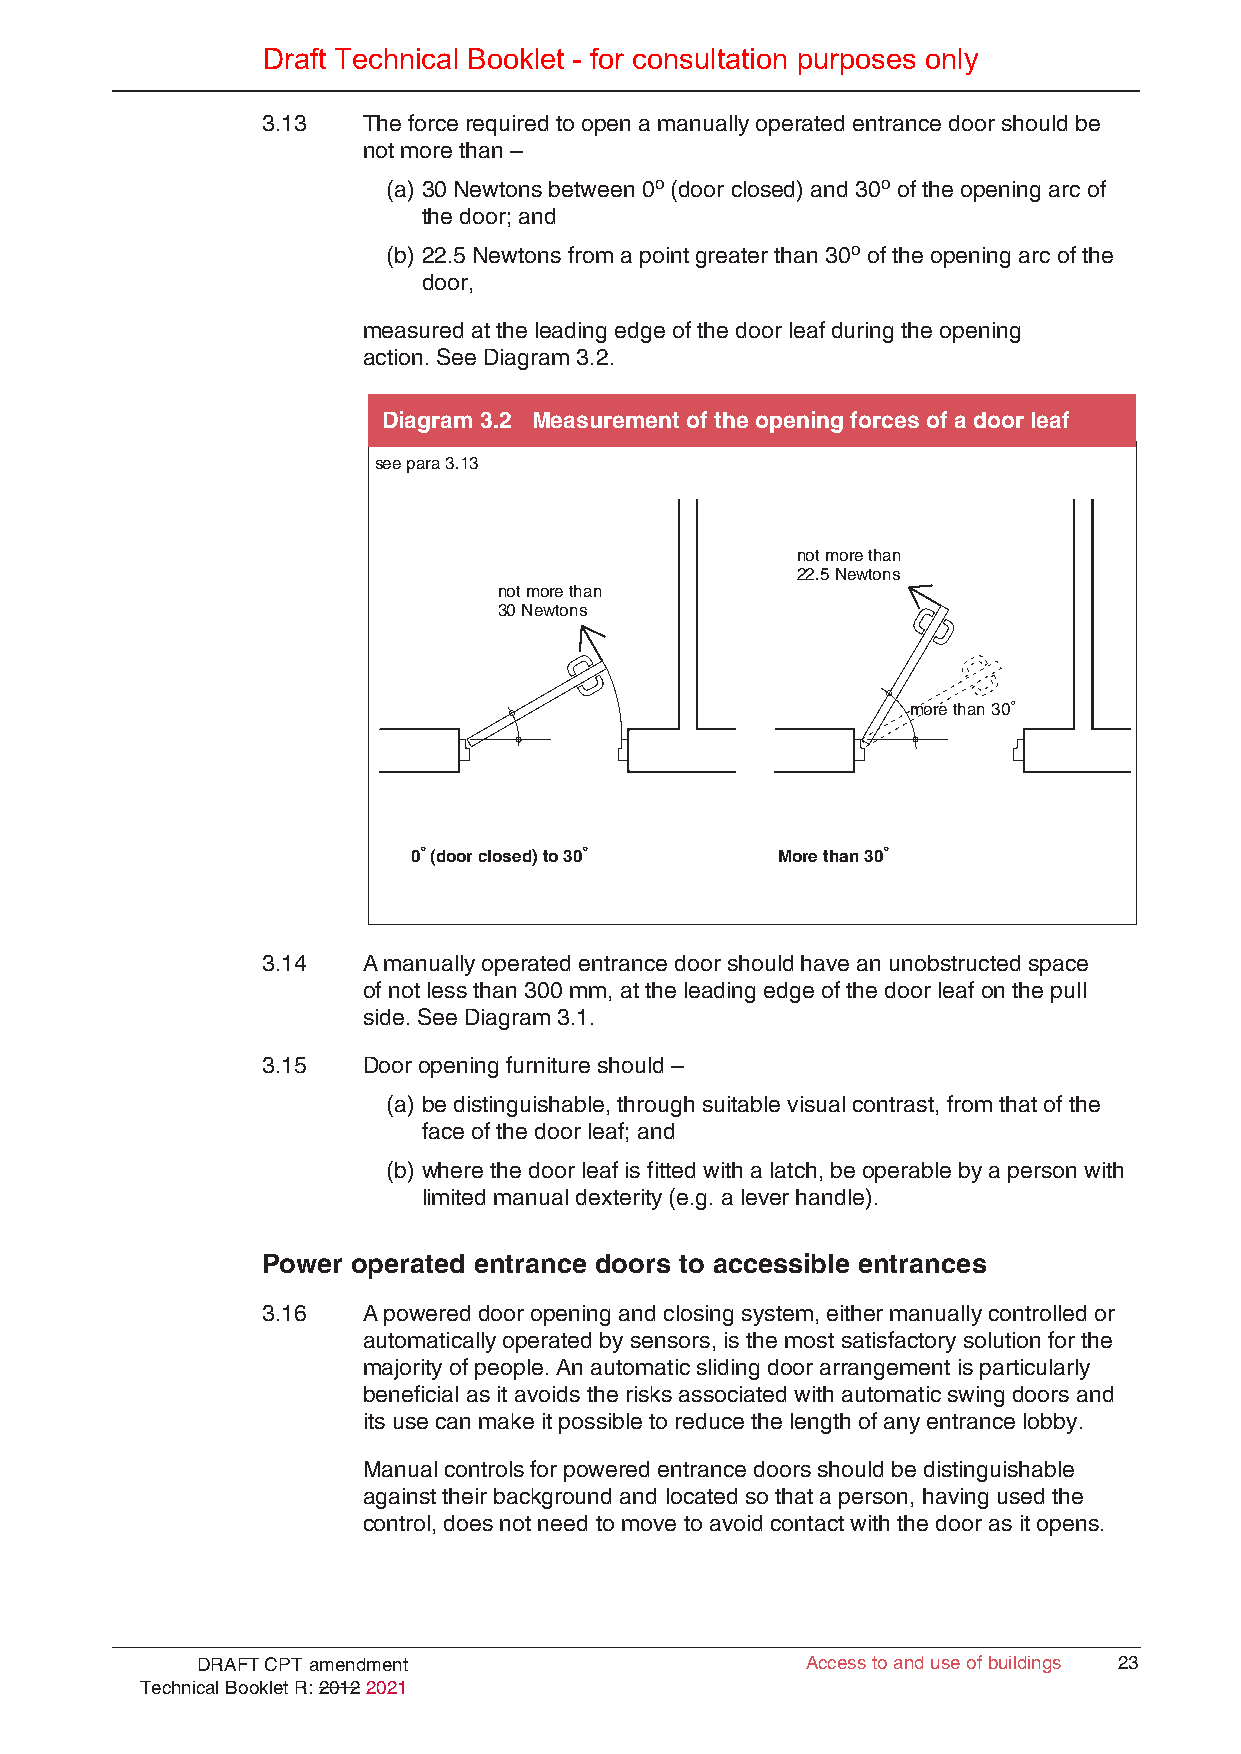
Draft Technical Booklet - for consultation purposes only
 3.13   The force required to open a manually operated entrance door should be
 not more than –
 (a) 30 Newtons between 0o (door closed) and 30o of the opening arc of
 the door; and
 (b) 22.5 Newtons from a point greater than 30o of the opening arc of the
 door,
 measured at the leading edge of the door leaf during the opening
 action. See Diagram 3.2.
 Diagram 3.2 Measurement of the opening forces of a door leaf
 see para 3.13
 not more than
 22.5 Newtons
 not more than
 30 Newtons
 more than 30º
 0º (door closed) to 30º More than 30º
 3.14   A manually operated entrance door should have an unobstructed space
 of not less than 300 mm, at the leading edge of the door leaf on the pull
 side. See Diagram 3.1.
 3.15   Door opening furniture should –
 (a) be distinguishable, through suitable visual contrast, from that of the
 face of the door leaf; and
 (b) where the door leaf is fitted with a latch, be operable by a person with
 limited manual dexterity (e.g. a lever handle).
 Power operated entrance doors to accessible entrances
 3.16   A powered door opening and closing system, either manually controlled or
 automatically operated by sensors, is the most satisfactory solution for the
 majority of people. An automatic sliding door arrangement is particularly
 beneficial as it avoids the risks associated with automatic swing doors and
 its use can make it possible to reduce the length of any entrance lobby.
 Manual controls for powered entrance doors should be distinguishable
 against their background and located so that a person, having used the
 control, does not need to move to avoid contact with the door as it opens.
 DRAFT CPT amendment                     AAcccceessss ttoo aanndd uussee ooff bbuuiillddiinnggss 2233
 Technical Booklet R: 2012 2021